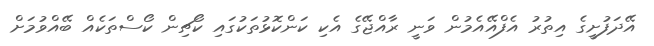
އޭދަފުށީގެ އިތުރު އެފްއޭއެމުން ވަނީ ރާއްޖޭގެ އެކި ކަންކޮޅުތަކުގައި ކޯޗިން ކޯސްތަކެއް ބޭއްވުމަށް